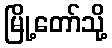
မြို့တော်သို့